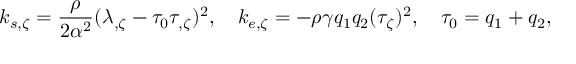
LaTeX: k _ { s , \zeta } = { \frac { \rho } { 2 \alpha ^ { 2 } } } ( \lambda _ { , \zeta } - \tau _ { 0 } \tau _ { , \zeta } ) ^ { 2 } , \ \ \ k _ { e , \zeta } = - \rho \gamma q _ { 1 } q _ { 2 } ( \tau _ { \zeta } ) ^ { 2 } , \ \ \ \tau _ { 0 } = q _ { 1 } + q _ { 2 } ,